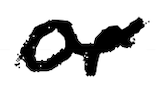
Text: or
Cross-out: wave
Writing tool: digital_black